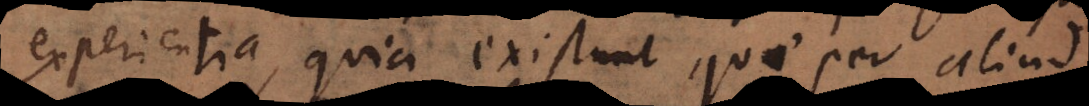
experientia, quia existunt quae per aliud